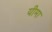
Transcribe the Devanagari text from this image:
यीमा